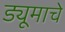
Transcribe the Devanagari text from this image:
ड्यूमाचे